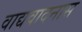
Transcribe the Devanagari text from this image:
वाद्यवादनास